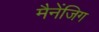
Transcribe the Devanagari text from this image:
मैनेंजिग